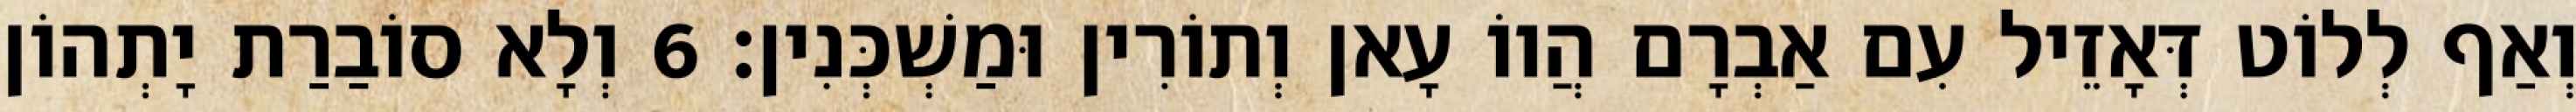
וְאַף לְלוֹט דְּאָזֵיל עִם אַבְרָם הֲווֹ עָאן וְתוֹרִין וּמַשְׁכְּנִין׃ 6 וְלָא סוֹבַרַת יָתְהוֹן